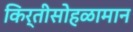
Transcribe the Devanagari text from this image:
किर्तीसोहळामान